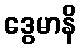
ဒွေမာနိ